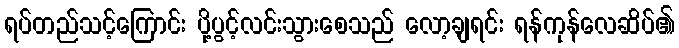
ရပ်တည်သင့်ကြောင်း ပို့ပွင့်လင်းသွားစေသည် လော့ချရင်း ရန်ကုန်လေဆိပ်၏